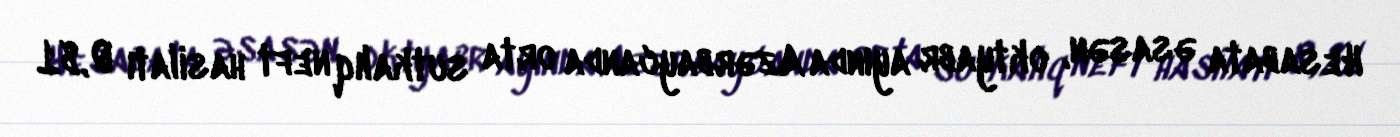
Hesabata əsasən, oktyabr ayında Azərbaycanda orta sutkalıq neft hasilatı 0,81